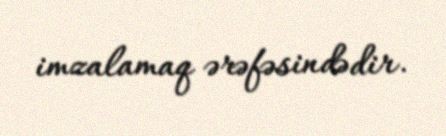
imzalamaq ərəfəsindədir.